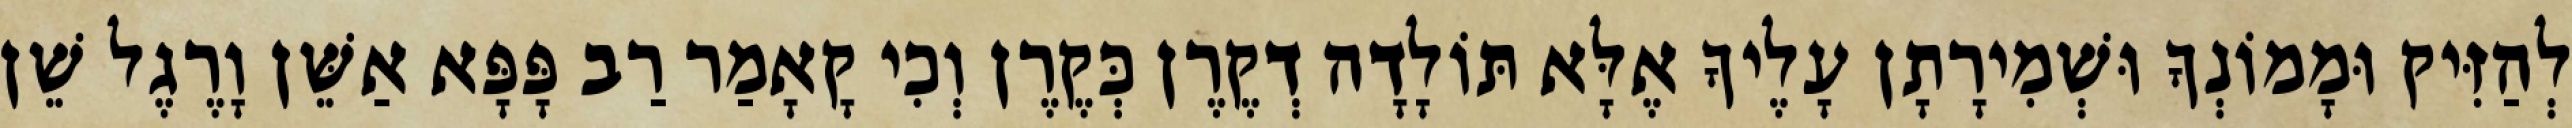
לְהַזִּיק וּמָמוֹנְךָ וּשְׁמִירָתָן עָלֶיךָ אֶלָּא תּוֹלָדָה דְקֶרֶן כְּקֶרֶן וְכִי קָאָמַר רַב פָּפָּא אַשֵּׁן וָרֶגֶל שֵׁן